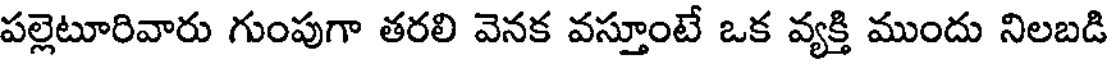
పల్లెటూరివారు గుంపుగా తరలి వెనక వస్తూంటే ఒక వ్యక్తి ముందు నిలబడి